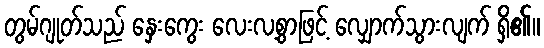
တွမ်ဂျုတ်သည် နှေးကွေး လေးလ့စွာဖြင့် လျှောက်သွားလျက် ရှိ၏။